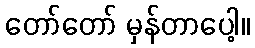
တော်တော် မှန်တာပေါ့။